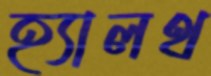
হ্যালথ